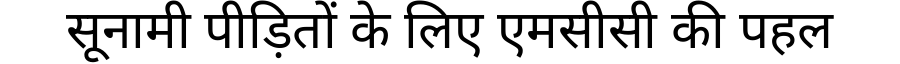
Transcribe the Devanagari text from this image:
सूनामी पीड़ितों के लिए एमसीसी की पहल